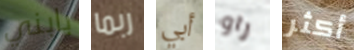
بابني ربما أبي راو أكثر